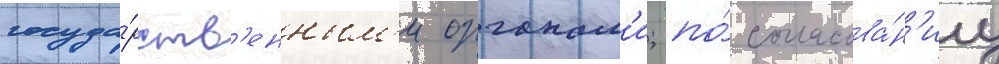
госуда́рств'енным'и органам'и; по́ согласова́н'иу